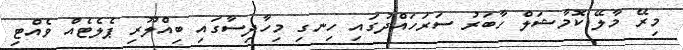
މިރޭ މާލޭ ކޮމާޝަލް ހާބަރު ސަރަހައްދުގައި ހިނގި މިހާދިސާގައި ބިއްލޫރި ޕެލެޓެއް ވެއްޓި